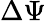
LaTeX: \Delta\Psi